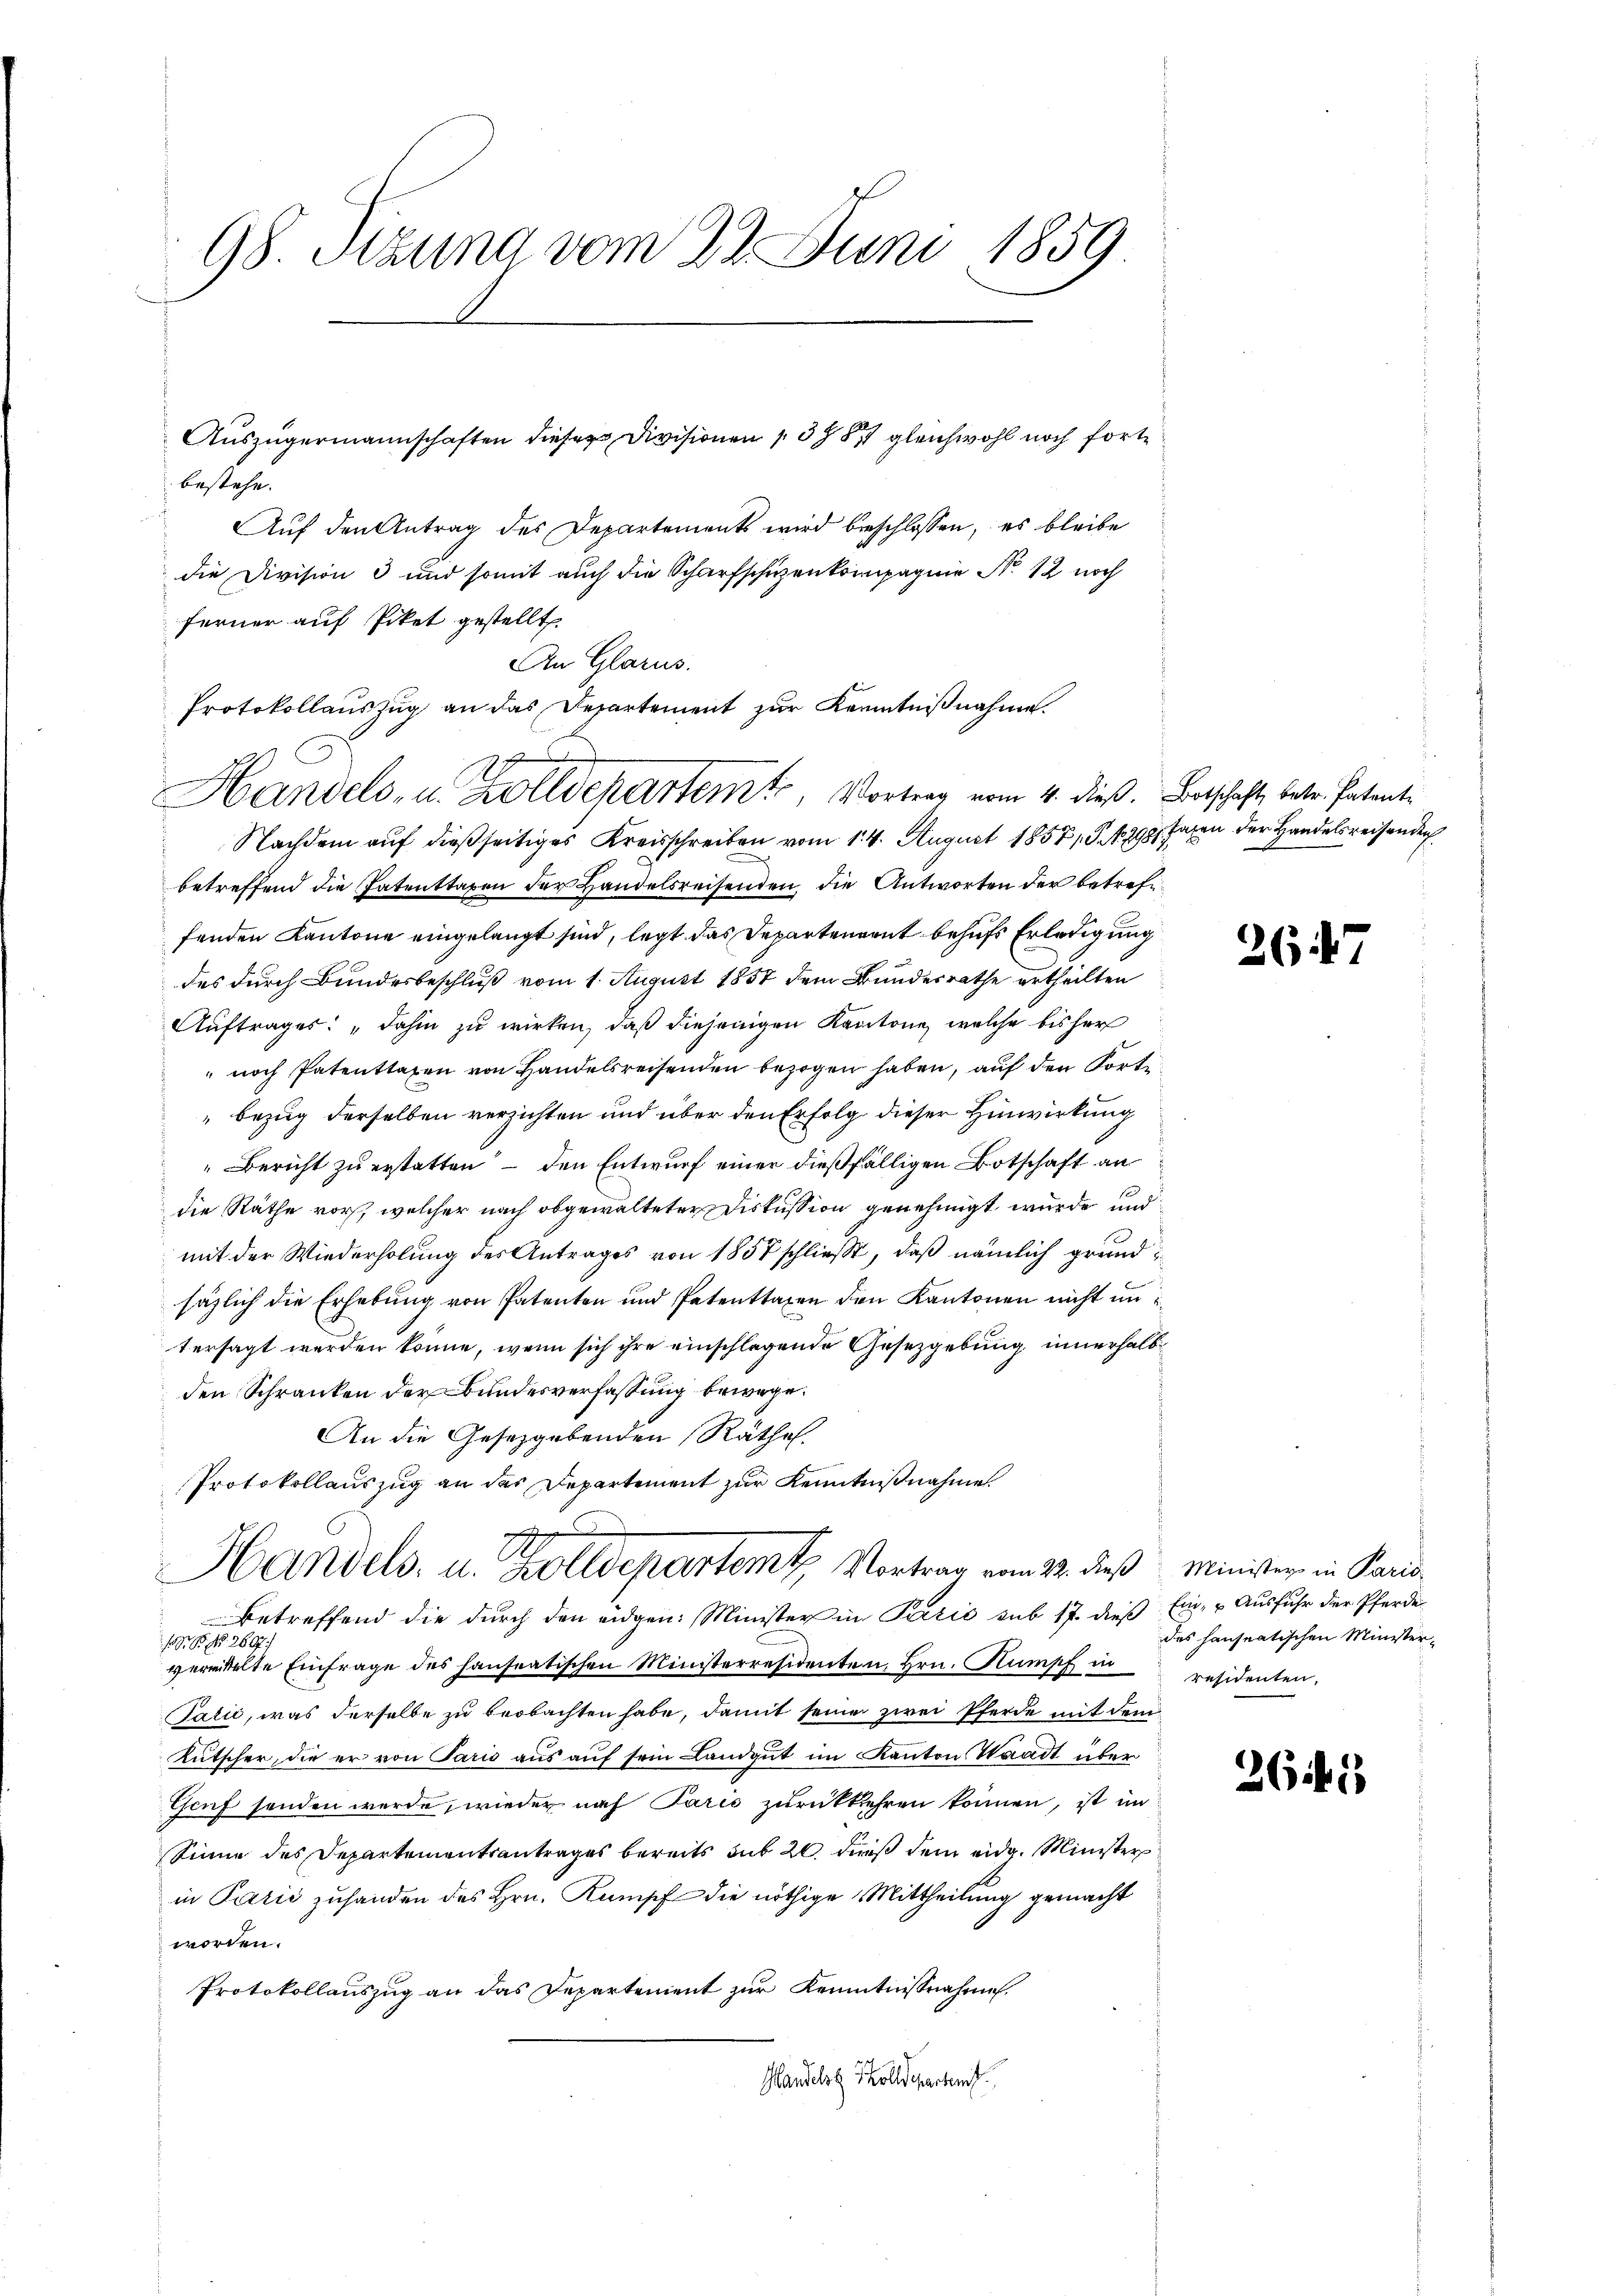
98. Sitzung vom 22. Juni 1859.

bestehe.
Auf den Antrag des Departements wird beschlossen, es bleibe
die Division 3 und somit auch die Scharfschüzenkompagnie N. 12 noch
ferner auf Piket gestellt.
An Glarus.
Protokollauszug an das Departement zur Kenntnißnahme.
Nachdem auf dießseitiges Kreisschreiben vom 14. August 1857, S. 298 Jahren der Handelsreisender
betreffend die Patenttaxen der Handelsreisenden, die Antworten der betrefefenden Kantone eingelangt sind, legt das Departenrent behufs Erledigung
des durch Bundesbeschluß vom 1. August 1857 dem Bundesrathe ertheilten
Auftrages: „dahin zu wirken, daß diejenigen Kantone, welche bisher
 noch Patenttaxen von Handelsreisenden bezogen haben, auf den Port
bezug derselben verzichten und über den Erfolg dieser Hinwirkung
" Bericht zu erstatten – den Entwurf einer dießfälligen Botschaft an
die Räthe vor, welcher nach obgewalteter Diskussion genehmigt wurde und
mit der Wiederholung des Antrages von 1857 schließ, daß nämlich grundsäzlich die Erhebung von Patenten und Patenttaxen den Kantonen nicht im
tersagt werden könne, wenn sich ihre einschlagende Gesetzgebung innerhalb
den Schranken der Bundesverfassung bewege.
An die Gesetzgebenden Räthe.
Protokollauszug an das Departement zur Kenntnißnahme.
2
Handels- u. Zolldepartem Vortrag vom 22. dieß Minister in Paris
betreffend die durch den eidgen: Minister in Pazić sub 17. dieß Ein- u Ausfuhr der Pferde
/95 N. 2607/
vermittelte Einfrage des hanseatischen Ministerresidenten, Hrn. Kumpf in residenten,
Talić, was derselbe zu beobachten habe, damit seiner zwei Pferde mit dem
Kutscher, die er von Paris aus auf sein Landgut im Kanton Waadt über
Genf senden werde, wieder nach Paris zurückkehren können, ist im
Sinne des Departementsantrages bereits sub 20. dieß dem eidg. Minister
in Parić zuhanden des Hrn. Kampf die nöthige Mittheilung gemacht
worden.
Protokollauszug an das Departement zur Kenntnisnahme.
Handelst Tholldepartem

Auszügermannschaften dieser Divisionen 1398 gleichwohl noch fort¬

Handels- u. Zolldekartem Vortrag vom 4. dieß. Botschaft, betr. Patente

267

das hanseatischen Minister-

264